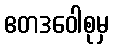
ဧတဒဝေါစုမှ